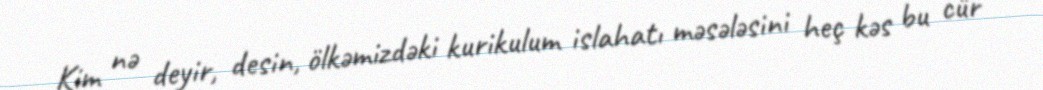
Kim nə deyir, desin, ölkəmizdəki kurikulum islahatı məsələsini heç kəs bu cür